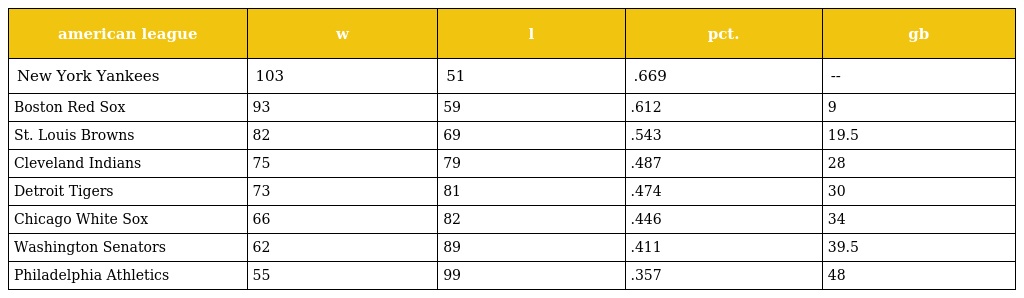
| american league | w | l | pct. | gb |
 | --- | --- | --- | --- | --- |
 | New York Yankees | 103 | 51 | .669 | -- |
 | Boston Red Sox | 93 | 59 | .612 | 9 |
 | St. Louis Browns | 82 | 69 | .543 | 19.5 |
 | Cleveland Indians | 75 | 79 | .487 | 28 |
 | Detroit Tigers | 73 | 81 | .474 | 30 |
 | Chicago White Sox | 66 | 82 | .446 | 34 |
 | Washington Senators | 62 | 89 | .411 | 39.5 |
 | Philadelphia Athletics | 55 | 99 | .357 | 48 |